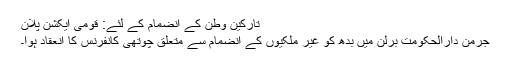
تارکین وطن کے انضمام کے لئے: قومی ایکشن پلان
جرمن دارالحکومت برلن میں ُبدھ کو غیر ملکیوں کے انضمام سے متعلق چوتھی کانفرنس کا انعقاد ہوا۔